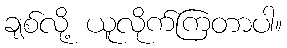
ချစ်လို့ ယူလိုက်ကြတာပါ။